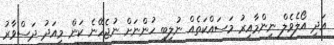
އަދި އޯލެވެލް ނިންމާއިރު މަސައްކަތެއް ނުލިބި ހުންނަށް ނުޖެހޭނެ ކަން މިއަދު ދަސްވާރު